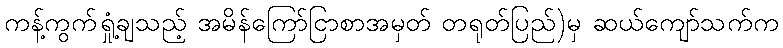
ကန့်ကွက်ရှုံ့ချသည့် အမိန်ကြော်ငြာစာအမှတ် တရုတ်ပြည်)မှ ဆယ်ကျော်သက်က